Eesti_Rahvusfond, lk 24
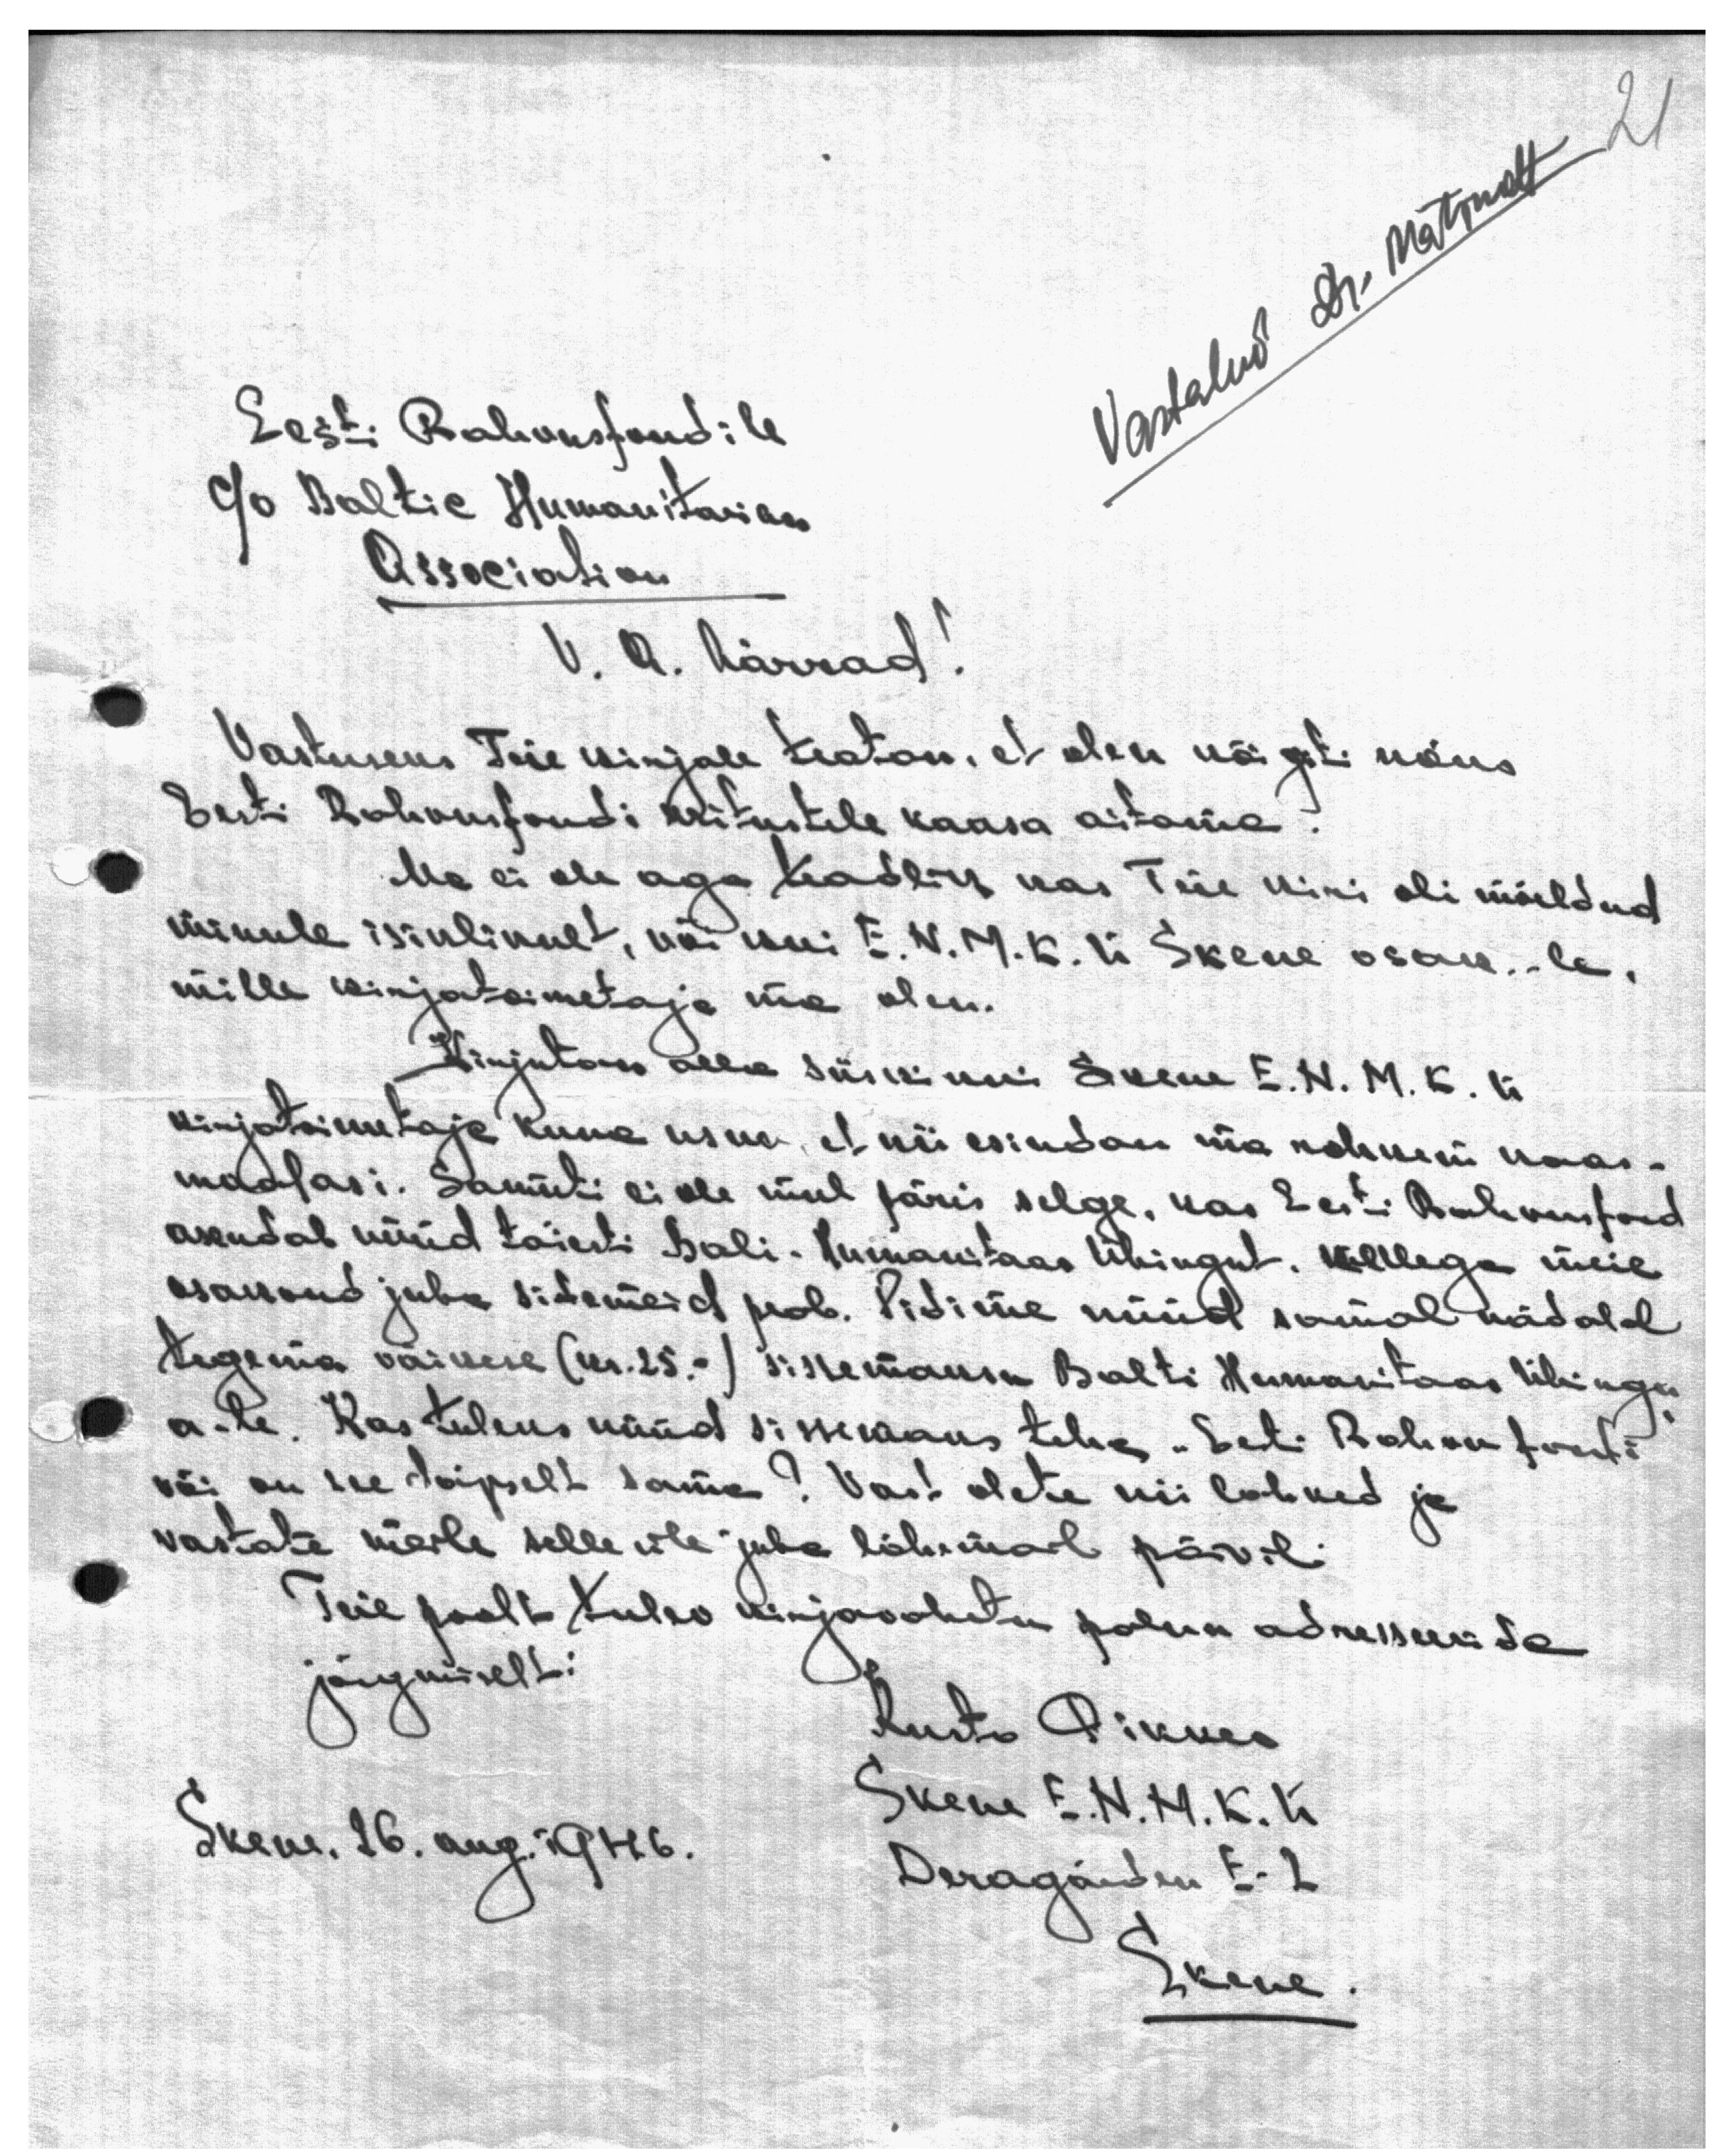
Vastatud Dr. Matsnalt
Eesti Rahvusfondile
c/o Baltic Humanitarian
Association
V. A. härrad!
Vastuseks Teie kirjale teatan, et olen kõigiti nõus
Eesti Rahvusfondi üritustele kaasa aitama
Ma ei ole aga teadlik kas Teie kiri oli mõeldud
minule isiklikult, või kui E. N. M. K. Ü Skene osak.-le,
mille kirjatoimetaja ma olen.
Kirjutan alla siiski kui Skene E. N. M. K. Ü.
kirjatoimetaja kuna usun, et nii esindan ma rohkem kaas-
maalasi. Samuti ei ole mul päris selge, kas Eesti Rahvusfond
asendab nüüd täiesti Bali - Humanitaar Ühingut, kellega meie
osakond juba sidemeid peab. Pidime nüüd samal nädalal
tegema väikese (kr. 25.-) sissemaksu Balti Humanitaar Ühingu
a-le. Kas tuleks nüüd sissemaks teha "Eesti Rahvusfondi"
või on see täpselt sama? Vast olete nii lahked ja
vastate meile selle üle juba lähemail päevil.
Teie poolt tulev kirjavahetus palun adresseerida
järgmiselt:
Kusta Pikker
Skene E. N. M. K. Ü
Skene, 16. aug. 1946.
Deragarden E-2
Skene.